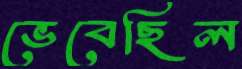
ভেবেছিল